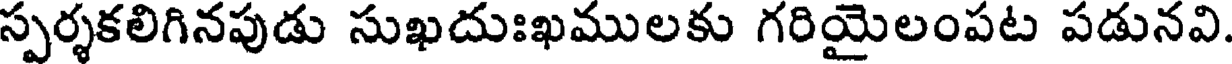
స్పర్శకలిగినపుడు సుఖదుఃఖములకు గరియైలంపట పడునవి